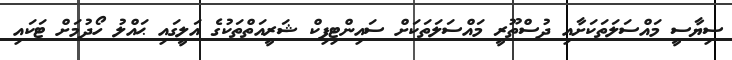
ސިޔާސީ މައްސަލަތަކަށާއި ދުސްތޫރީ މައްސަލަތަކަށް ސައިންޓިފިކް ޝަރީއަތްތަކުގެ އަލީގައި ޙައްލު ހޯދުމަށް ޓަކައި